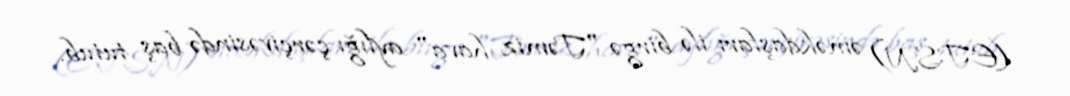
(ETSN) əməkdaşları ilə birgə "Təmiz hava" aylığı çərçivəsində baş tutub.